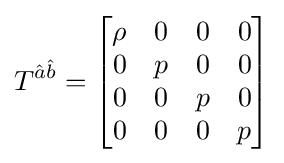
T^{{\hat {a}}{\hat {b}}}={\begin{bmatrix}\rho &0&0&0\\0&p&0&0\\0&0&p&0\\0&0&0&p\end{bmatrix}}